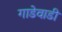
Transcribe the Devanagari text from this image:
गाडेवाडी